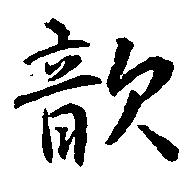
歆